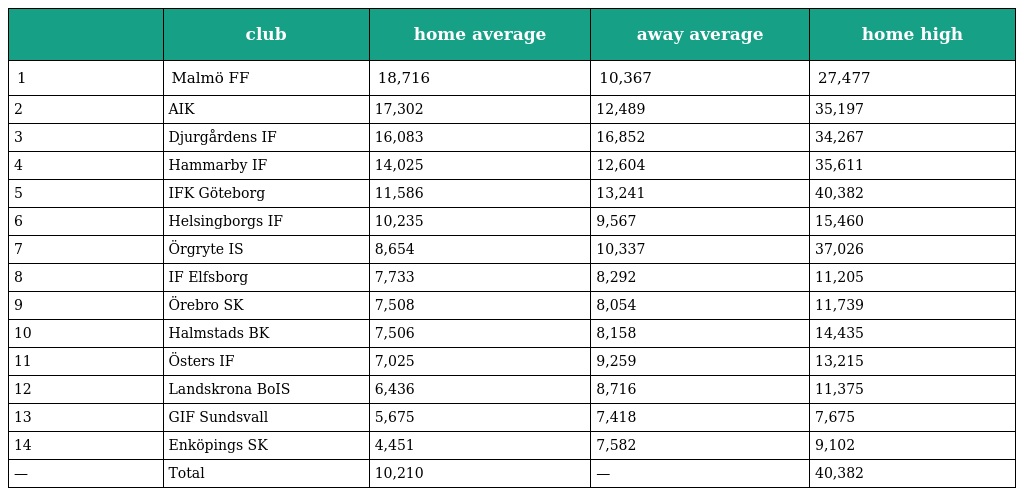
|  | club | home average | away average | home high |
 | --- | --- | --- | --- | --- |
 | 1 | Malmö FF | 18,716 | 10,367 | 27,477 |
 | 2 | AIK | 17,302 | 12,489 | 35,197 |
 | 3 | Djurgårdens IF | 16,083 | 16,852 | 34,267 |
 | 4 | Hammarby IF | 14,025 | 12,604 | 35,611 |
 | 5 | IFK Göteborg | 11,586 | 13,241 | 40,382 |
 | 6 | Helsingborgs IF | 10,235 | 9,567 | 15,460 |
 | 7 | Örgryte IS | 8,654 | 10,337 | 37,026 |
 | 8 | IF Elfsborg | 7,733 | 8,292 | 11,205 |
 | 9 | Örebro SK | 7,508 | 8,054 | 11,739 |
 | 10 | Halmstads BK | 7,506 | 8,158 | 14,435 |
 | 11 | Östers IF | 7,025 | 9,259 | 13,215 |
 | 12 | Landskrona BoIS | 6,436 | 8,716 | 11,375 |
 | 13 | GIF Sundsvall | 5,675 | 7,418 | 7,675 |
 | 14 | Enköpings SK | 4,451 | 7,582 | 9,102 |
 | — | Total | 10,210 | — | 40,382 |